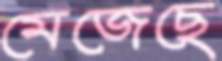
মেজেছে